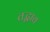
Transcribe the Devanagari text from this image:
तद्भाव